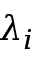
\lambda _ { i }